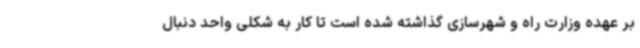
بر عهده وزارت راه و شهرسازی گذاشته شده است تا کار به شکلی واحد دنبال